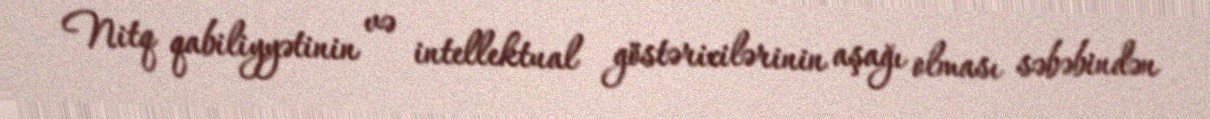
Nitq qabiliyyətinin və intellektual göstəricilərinin aşağı olması səbəbindən